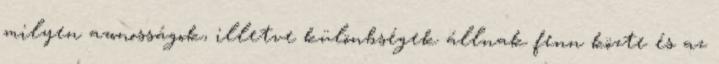
milyen azonosságok, illetve különbségek állnak fenn közte és az